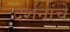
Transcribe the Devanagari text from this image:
दर्शनांचे